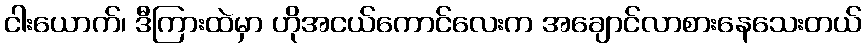
ငါးယောက်၊ ဒီကြားထဲမှာ ဟိုအငယ်ကောင်လေးက အချောင်လာစားနေသေးတယ်